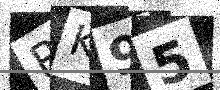
Text: PK95